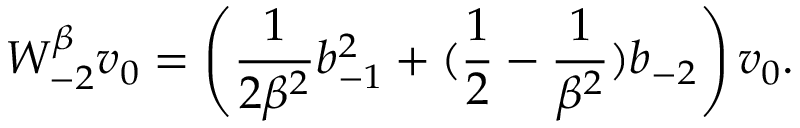
W _ { - 2 } ^ { \beta } v _ { 0 } = \left( \frac { 1 } { 2 \beta ^ { 2 } } b _ { - 1 } ^ { 2 } + ( \frac { 1 } { 2 } - \frac { 1 } { \beta ^ { 2 } } ) b _ { - 2 } \right) v _ { 0 } .